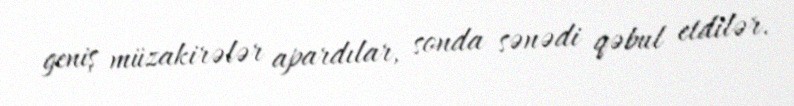
geniş müzakirələr apardılar, sonda sənədi qəbul etdilər.